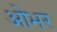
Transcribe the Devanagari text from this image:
ओभर